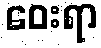
ဝေးရာ